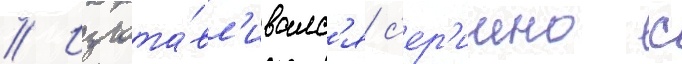
// Изгота́вл'ивалс'я с'ер'иино с